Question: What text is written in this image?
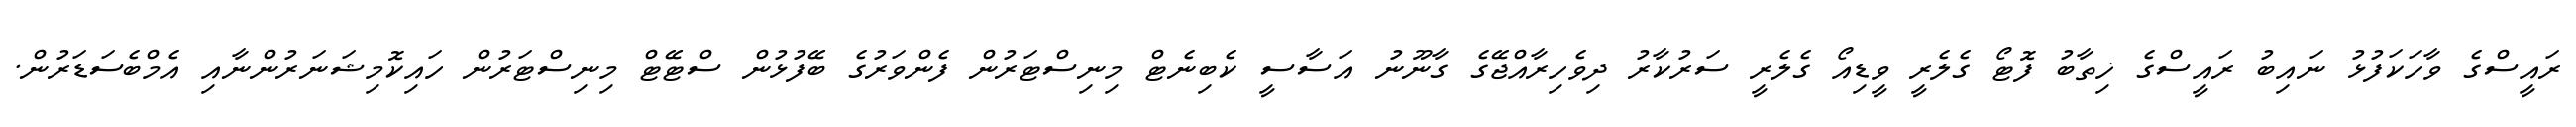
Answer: ރައީސްގެ ވާހަކަފުޅު ނައިބު ރައީސްގެ ޚިތާބު ފޮޓޯ ގެލެރީ ވީޑިއޯ ގެލެރީ ސަރުކާރު ދިވެހިރާއްޖޭގެ ގާނޫނު އަސާސީ ކެބިނެޓް މިނިސްޓަރުން ފެންވަރުގެ ބޭފުޅުން ސްޓޭޓް މިނިސްޓަރުން ހައިކޮމިޝަނަރުންނާއި އެމްބެސަޑަރުން.